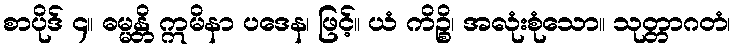
စာပိုဒ် ၄။ ဓမ္မန္တိ ဣမိနာ ပဒေန၊ ဖြင့်။ ယံ ကိဉ္စိ၊ အလုံးစုံသော။ သုတ္တာဂတံ၊